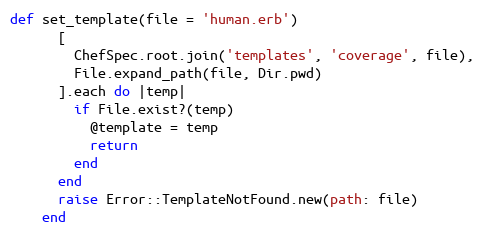
Language: Ruby
def set_template(file = 'human.erb')
      [
        ChefSpec.root.join('templates', 'coverage', file),
        File.expand_path(file, Dir.pwd)
      ].each do |temp|
        if File.exist?(temp)
          @template = temp
          return
        end
      end
      raise Error::TemplateNotFound.new(path: file)
    end